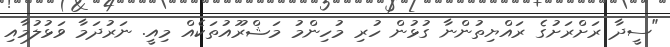
"ސީދާ ރަށްރަށުގެ ރައްޔިތުންނާ ގުޅުން ހުރި މުހިންމު މަޝްރޫއުތަކެއް މިއީ. ނަރުދަމާ ވަޅުލުމާއި